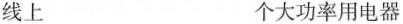
线上 个大功率用电器